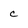
Character: c